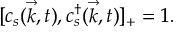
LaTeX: [ c _ { s } ( \vec { k } , t ) , c _ { s } ^ { \dag } ( \vec { k } , t ) ] _ { + } = 1 .